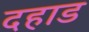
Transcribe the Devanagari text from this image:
दहाड